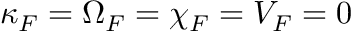
\kappa _ { \/ F } = \Omega _ { \/ F } = \chi _ { \/ F } = V _ { \/ F } = 0